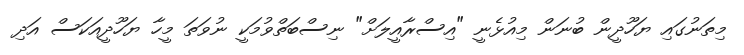
މިތަނުގައި ޔަހޫދީން ބުނަން މިއުޅެނީ "އިސްރާއީލަށް" ނިސްބަތްވުމަކީ ނުވަތަ މީހާ ޔަހޫދީއަކަސް އަދި